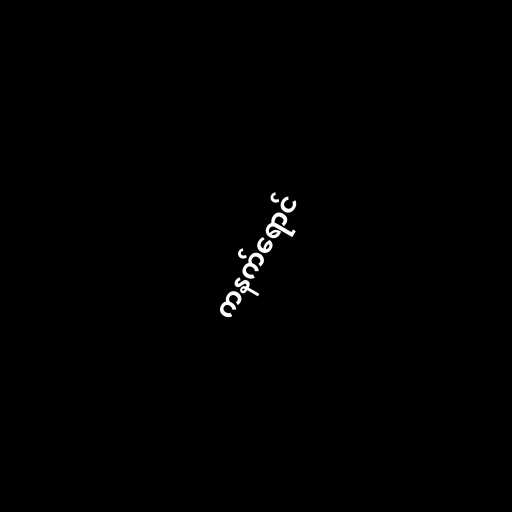
ကနက်ရောင်